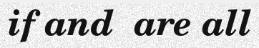
if and  are all